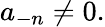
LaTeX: a_{-n}\neq 0.